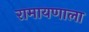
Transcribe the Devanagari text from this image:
रामायणाला